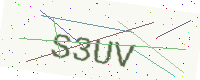
Text: S3UV